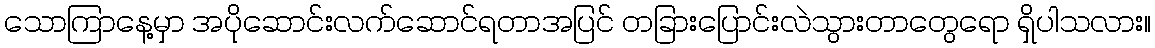
သောကြာနေ့မှာ အပိုဆောင်းလက်ဆောင်ရတာအပြင် တခြားပြောင်းလဲသွားတာတွေရော ရှိပါသလား။